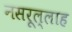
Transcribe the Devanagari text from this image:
नसरूल्लाह